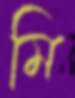
মি